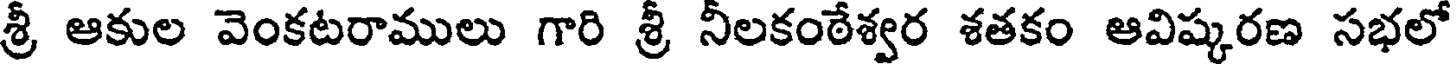
శ్రీ ఆకుల వెంకటరాములు గారి శ్రీ నీలకంఠేశ్వర శతకం ఆవిష్కరణ సభలో